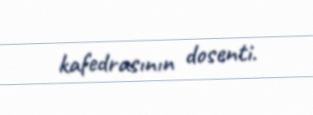
kafedrasının dosenti.